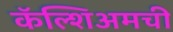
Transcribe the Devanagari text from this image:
कॅल्शिअमची